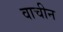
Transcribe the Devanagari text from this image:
वाचीन